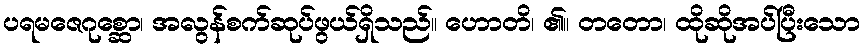
ပရမဇေဂုစ္ဆော၊ အလွန်စက်ဆုပ်ဖွယ်ရှိသည်။ ဟောတိ၊ ၏။ တတော၊ ထိုဆိုအပ်ပြီးသော